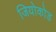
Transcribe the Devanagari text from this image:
जियोकोड